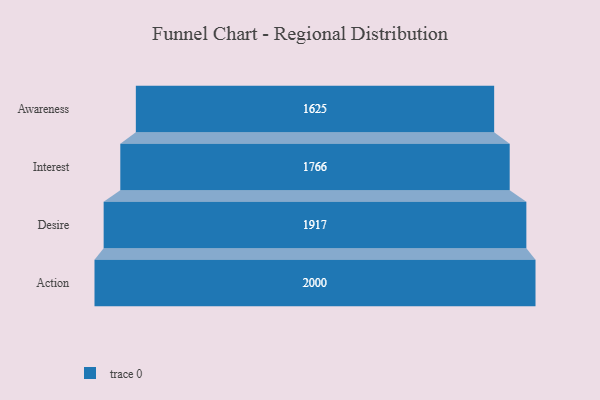
{"axis": {"x": "Stage", "y": "Value"}, "legend": [""], "data": [{"x": "Awareness", "y": 1625.0, "type": ""}, {"x": "Interest", "y": 1766.0, "type": ""}, {"x": "Desire", "y": 1917.0, "type": ""}, {"x": "Action", "y": 2000, "type": ""}]}